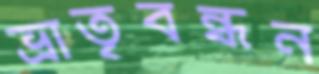
ভ্রাতৃবন্ধন